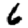
Digit: 6